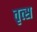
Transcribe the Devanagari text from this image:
तृत्स